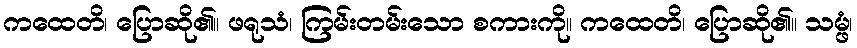
ကထေတိ၊ ပြောဆို၏။ ဖရုသံ၊ ကြမ်းတမ်းသော စကားကို။ ကထေတိ၊ ပြောဆို၏။ သမ္ဖံ၊